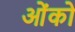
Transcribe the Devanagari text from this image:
ओंको